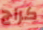
كراج